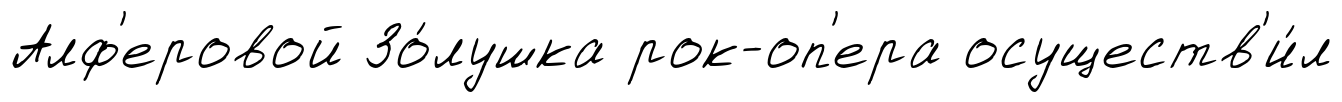
Алф'еровой Зо́лушка рок-оп'ера осуществ'и́л